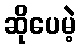
ဆိုပေမဲ့